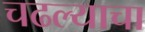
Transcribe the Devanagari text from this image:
चढल्याचा